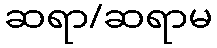
ဆရာ/ဆရာမ